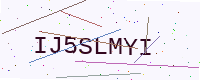
Text: IJ5SLMYI